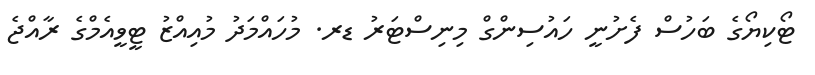
ޓޯކިޔޯގެ ބަހުސް ފެށުނީ ހައުސިންގް މިނިސްޓަރު ޑރ. މުހައްމަދު މުއިއްޒު ޓީވީއެމްގެ ރާއްޖެ